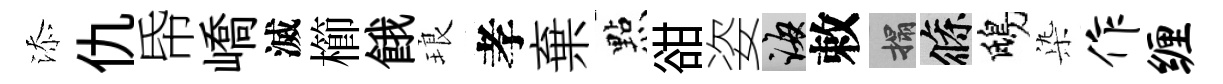
添仇帋嶠滅櫛餓琅孝棄㸃𧮳姿誨敕搨條鴟𣑱作缠